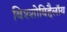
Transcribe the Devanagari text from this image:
बिश्शोबिद्दैलॉय